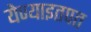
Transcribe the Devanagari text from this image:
येण्याइतपत